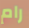
رام